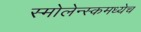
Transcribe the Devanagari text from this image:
स्मोलेन्स्कमध्येच